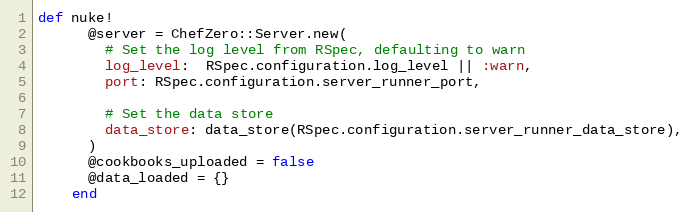
Language: Ruby
def nuke!
      @server = ChefZero::Server.new(
        # Set the log level from RSpec, defaulting to warn
        log_level:  RSpec.configuration.log_level || :warn,
        port: RSpec.configuration.server_runner_port,

        # Set the data store
        data_store: data_store(RSpec.configuration.server_runner_data_store),
      )
      @cookbooks_uploaded = false
      @data_loaded = {}
    end